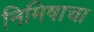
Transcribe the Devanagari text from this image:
निमिषाचा